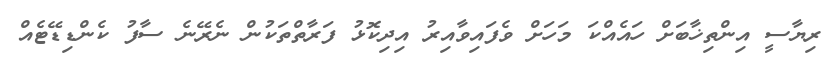
ރިޔާސީ އިންތިޚާބަށް ހައެއްކަ މަހަށް ވެފައިވާއިރު އިދިކޮޅު ފަރާތްތަކުން ނެރޭނެ ސާފު ކެންޑިޑޭޓެއް